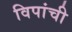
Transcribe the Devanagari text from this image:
विपांची